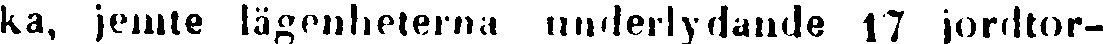
ka, jemte lägenheterna underlydande 17 jordtor-